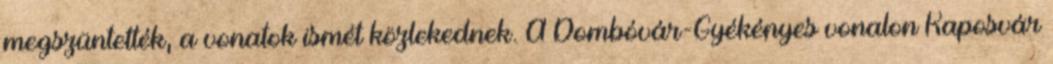
megszüntették, a vonatok ismét közlekednek. A Dombóvár-Gyékényes vonalon Kaposvár